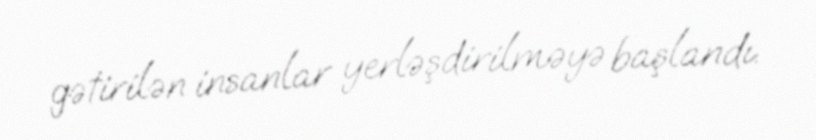
gətirilən insanlar yerləşdirilməyə başlandı.